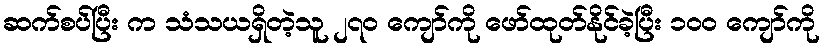
ဆက်စပ်ပြီး က သံသယရှိတဲ့သူ ၂၇၀ ကျော်ကို ဖော်ထုတ်နိုင်ခဲ့ပြီး ၁၀၀ ကျော်ကို